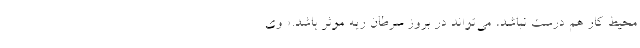
محیط کار هم درست نباشد، می‌تواند در بروز سرطان ریه موثر باشد.» وی